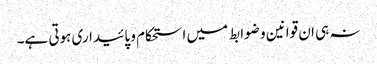
نہ ہی ان قوانین و ضوابط میں استحکام و پائیداری ہوتی ہے۔